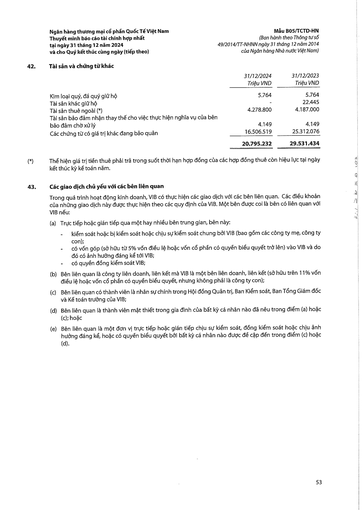
||31/12/2024 Triệu VND|31/12/2023 Triệu VND| |---|---|---| |Kim loại quý, đá quý giữ hộ|5.764|5.764| |Tài sản khác giữ hộ|-|22,445| |Tài sản thuê ngoài (*)|4.278.800|4.187.000| |Tài sản bảo đảm nhận thay thế cho việc thực hiện nghĩa vụ của bên bảo đảm chờ xử lý|4.149|4.149| |Các chứng từ có giá trị khác đang bảo quản|16.506.519|25.312.076| ||20.795.232|29.531.434|